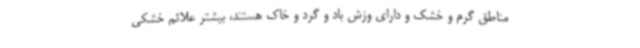
مناطق گرم و خشک و دارای وزش باد و گرد و خاک هستند، بیشتر علائم خشکی